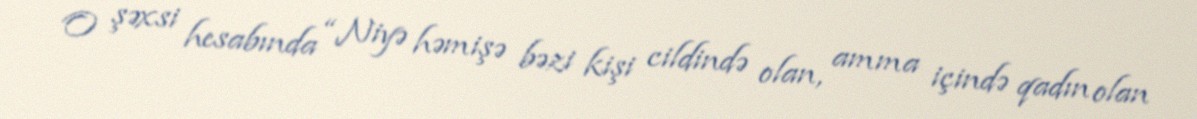
O şəxsi hesabında “Niyə həmişə bəzi kişi cildində olan, amma içində qadın olan